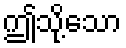
ဤသို့သော